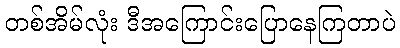
တစ်အိမ်လုံး ဒီအကြောင်းပြောနေကြတာပဲ